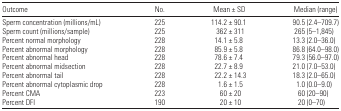
<table><thead><tr><td><b>Outcome</b></td><td><b>No.</b></td><td><b>Mean ± SD</b></td><td><b>Median (range)</b></td></tr></thead><tbody><tr><td>Sperm concentration (millions/mL)</td><td>225</td><td>114.2 ± 90.1</td><td>90.5 (2.4–709.7)</td></tr><tr><td>Sperm count (millions/sample)</td><td>225</td><td>362 ± 311</td><td>265 (5–1,845)</td></tr><tr><td>Percent normal morphology</td><td>228</td><td>14.1 ± 5.8</td><td>13.3 (2.0–36.0)</td></tr><tr><td>Percent abnormal morphology</td><td>228</td><td>85.9 ± 5.8</td><td>86.8 (64.0–98.0)</td></tr><tr><td>Percent abnormal head</td><td>228</td><td>78.6 ± 7.4</td><td>79.3 (56.0–97.0)</td></tr><tr><td>Percent abnormal midsection</td><td>228</td><td>22.7 ± 8.9</td><td>21.0 (7.0–53.0)</td></tr><tr><td>Percent abnormal tail</td><td>228</td><td>22.2 ± 14.3</td><td>18.3 (2.0–65.0)</td></tr><tr><td>Percent abnormal cytoplasmic drop</td><td>228</td><td>1.6 ± 1.5</td><td>1.0 (0.0–9.0)</td></tr><tr><td>Percent CMA</td><td>223</td><td>60 ± 20</td><td>60 (20–90)</td></tr><tr><td>Percent DFI</td><td>190</td><td>20 ± 10</td><td>20 (0–70)</td></tr></tbody></table>